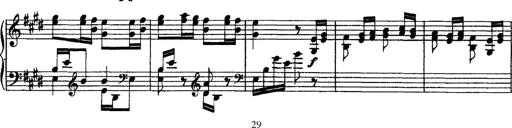
Title: Grandes Ã©tudes de Paganini
Composer: Franz Liszt